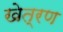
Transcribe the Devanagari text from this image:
खेत्रण